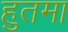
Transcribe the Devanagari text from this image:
हुतमा